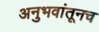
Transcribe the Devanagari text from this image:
अनुभवांतूनच